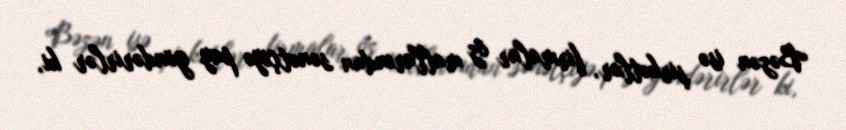
Bəzən isə şirkətlər, firmalar öz mallarından sənətçiyə pay göndərirlər ki,